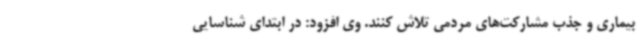
بیماری و جذب مشارکت‌های مردمی تلاش کنند. وی افزود: در ابتدای شناسایی